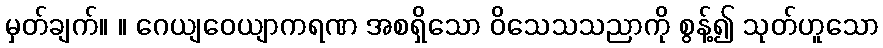
မှတ်ချက်။ ။ ဂေယျဝေယျာကရဏ အစရှိသော ဝိသေသသညာကို စွန့်၍ သုတ်ဟူသော